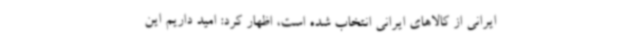
ایرانی از کالاهای ایرانی انتخاب شده است، اظهار کرد: امید داریم این